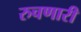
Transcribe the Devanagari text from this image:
रुचणारी